Lunatic asylums Madras 1892-1911 - 1892-1911
Year: 1892
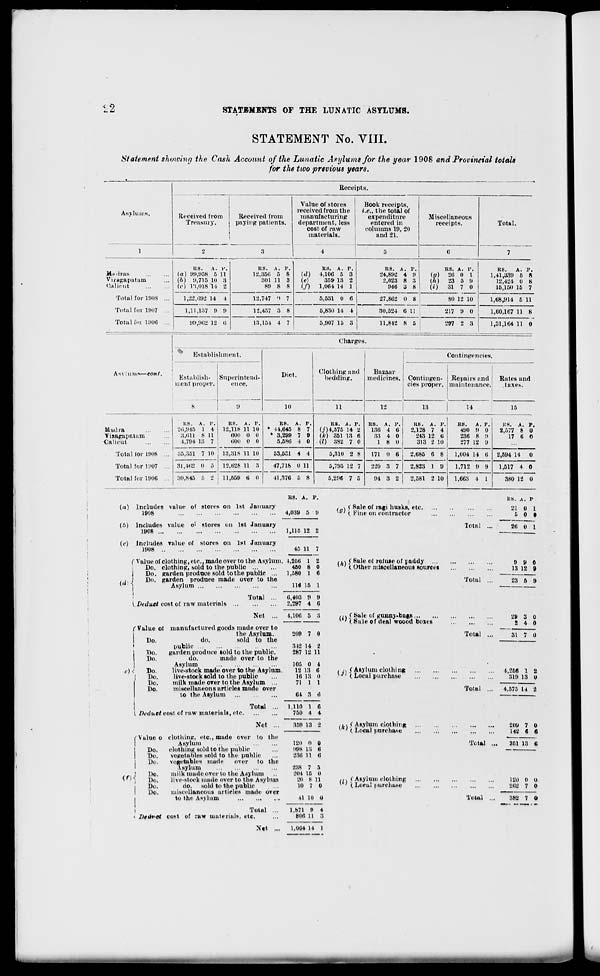
12
STATEMENTS OF THE LUNATIC ASYLUMS.
STATEMENT No. VIII.
Statement showing the Cash Account of the Lunatic Asylums for the year 1908 and Provincial totals
for the two previous years.
Asylums.
Receipts.
Received from
Treasury,
Received from
paying patients.
Value of stores
received from the
manufacturing
department, less
cost of raw
materials.
Book receipts,
i.e., the total of
expenditure
entered in
columns 19, 20
iind 21.
Miscellaneous
receipts.
Total.
Madras
Vwagapatam
Calicut
Total for 1008
Total for 1907
Total foi 1900
us. A. j\
(a) 99,958 5 11
(6) 9,716 10 3
(c) Vi,018 14 2
1,22,092 14 1
1,11,137 9 9
99,9(12 12 t!
RS. A. P.
12,350 5 8
801 11 3
89 8 8
12.747 'I 7
12,457 3 8
13,154 4 7
RS. A. P.
Id) 4,100 5 3
(e)
359 13 2
(/') 1,064 14 1
5,531 0 6
5,830 14 4
5,907 15 3
RS. A. P. |
24,892 4 9
2,023 8 3
940 3 8
RS. A. P.
(a) 20 o l
(h) 23 ft 9
(i)
31 7 0
27,802 0 8
80 12 10
30,524 0 11
11,842 8 5
217 9 0
RS. A. P.
1,41,339 5 R
12,424 0 8
15,150 15 7
1,68,914 5 11
1,60,107 11 8
297 2 3
1,31,164 11 0
Charges.
Establishment.
Diet.
Clothing and
bedding.
Bazaar
medicines.
Contingencies.
As\ turns—eont.
Establish-
ment proper.
s
Superintend-
ence.
9
Contingen-
cies proper.
Repairs and
maintenance.
Rates and
taxes..
10
11
12
13
14
15
Mudra
Vixagapatam
Calicut
1!S. A. P,
20,945 1 4
3.011 8 11
4,794 13 7
35,351 7 10
RS. A. P.
12,118 11 10
000 0 0
600 0 o
RS. A.
* 14,645 8
* 3,299 7
5,586 4
P.
7
9
0
RS. A. P.
(j)4,575 14 2
(k) 351 13 6
U) 382 7 0
RS. A.
130 4
33 4
1 8
6
0
0
KS. A. P.
2,128 7 4
243 12 6
313 2 10
RS. A.P.
490 9 0
230 8 (1
277 12 9
KS. A. P.
2,577 8 0
17 6 0
Total for 1908 ...
13,318 11 10
53,531 4 4
5,310 2 8
171 0 6
2,685 6 8
1,004 14 6
2,594 14
0
Total for 1907 ... 31,462 0 5
12,628 11 3
47,718 0 11
5,795 12 7
220 3 7
2,823 1 9
1.712 9 9
1,517 4 0
Total for 1900 ... 30,845 B 2
11,569 6 0
41,376 6 S
5,296 7 5
94 3 *
2,581 2 10
1,663 4 1
380 12 0
{a) Includes value of stores on 1st January
1908
(b) Includes value o' stores on 1st January
1908
(o) Includes value of stores on 1st January
1908
( Value of clothing, etc., made over to the Asylum.
Do. clothing, sold to the public
j
Do. garden produce sold to the public ...
,, I
Do. garden produce made over to the
(0 "i
KB. A. P.
4,039 5 9
Asylum
I 1'i duel cost of raw materials
Total
Net
1,115 12 2
45 11 7
1,256 1 2
4S0 8 0
1,580 1 6
116 15 1
6,403 9 9
2.297 4 6
4,106
*)
f Value of manufactured goods made over to
the Asylum.
Do.
do.
sold to the
public
Do,
garden produce sold to the public.
l)o.
do.
made over to the
Asylum
Do.
live-stock made over to the Asylum.
Do.
live-stock sold to the public
Do.
milk made over to the Asylum ...
Do.
miscellaneous articles made over
to the Asylum
1 Dainet cost of raw muterinls, etc.
Total
Net
<>
I Value o clothing, etc., made over to the
Asylum
I
Do.
clothing sold to the public
Do.
vegetables sold to the public
I
Do.
vegetables made
over to the
Asylum
I
Do.
milk made over to the Asylum
Do,
live-stock made over to the Asylum
Do.
do. sold to the public
Do.
miscellaneous articles made over
I
to the Asylum
- /■!>!' el cost of raw materials etc.
Total
Net
209 7 0
342 14 8
287 12 11
105 0 4
12 13 6
16 13 0
71 1 1
61 3 6
1.110 1 6
750 4 4
359 13 2
120 0 0
998 13 6
230 11 6
238 7 5
204 15 0
20 8 11
10 7 0
41 10 0
1,871 9 4
806 11 3
1,064 14 1
. \ ( Sale of ragi husks, etc.
*"' ( Pine on contractor
ih\ i Sale <*' refuse of paddy ...
* ' ( Other miscellaneous sources
».v < Kale of gunny-bags ..
* ; t Sale of deal woood k
boxes
i i\ /Asylum clothing
KJI (Local purchase
A j ( Asylum clothing
y ' ( Local purchase
,,} C Asylum clothing
' ' (.Local purchase
Total ...
Total
Total
RS. A. P
21 0 1
5 0 •
26 0 1
9 9 0
13 12 9
23 5 9
29
2
3
4
0
0
31 7 0
Total
4,260 1 2
319 13 0
Total ...
4,575 U 2
Total ...
209 7 0
142 6 6
351 13 6
120 0 0
262 7 0
382 7 0